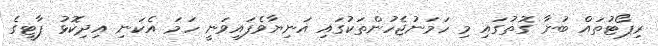
ރިޕޯޓުތައް ބުނާ ގޮތުގައި މި ހަމަނުޖެހުންތަކުގައި އަނިޔާވެފައިވަނީ ހަމަ އެކަނި އިދިކޮޅު ޕާޓީގެ